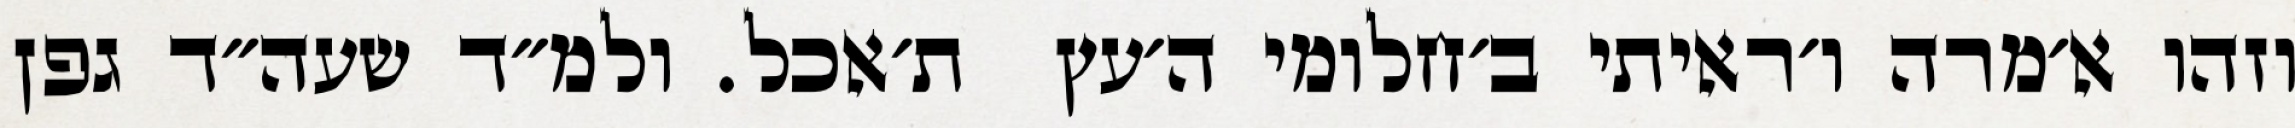
וזהו א׳מרה ו׳ראיתי ב׳חלומי ה׳עץ  ת׳אכל. ולמ״ד שעה״ד גפן